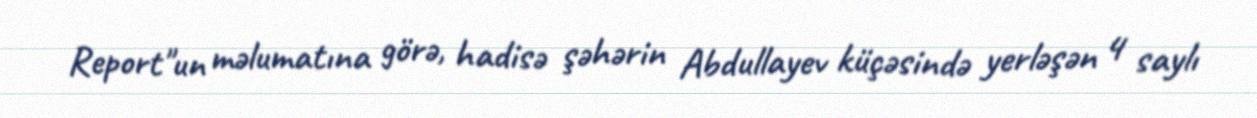
Report"un məlumatına görə, hadisə şəhərin Abdullayev küçəsində yerləşən 4 saylı